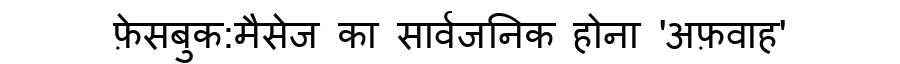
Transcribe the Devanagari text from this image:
फ़ेसबुक:मैसेज का सार्वजनिक होना 'अफ़वाह'